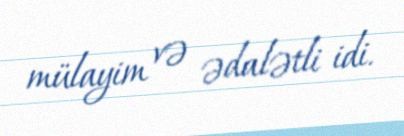
mülayim və ədalətli idi.